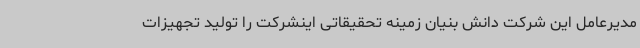
مدیرعامل این شرکت دانش بنیان زمینه تحقیقاتی اینشرکت را تولید تجهیزات